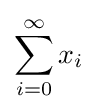
\sum _{i=0}^{\infty }x_{i}